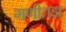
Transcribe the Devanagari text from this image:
गणीतज्ञ